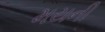
મયની